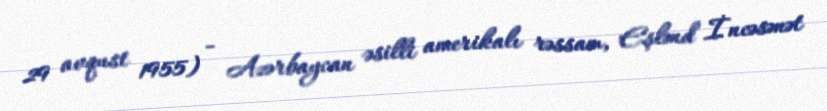
29 avqust 1955) - Azərbaycan əsilli amerikalı rəssam, Eşlənd İncəsənət